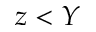
z < Y